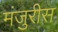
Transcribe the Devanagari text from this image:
मंजुरीस